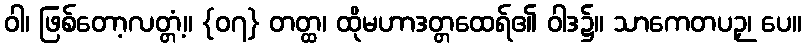
ဝါ၊ ဖြစ်တော့လတ္တံ့။ {၀၇} တတ္ထ၊ ထိုမဟာဒတ္တထေရ်၏ ဝါဒ၌။ သာကေတပဉှ၊ ပေ။